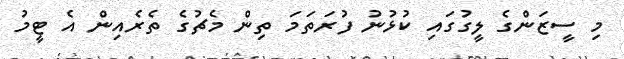
މި ސީޒަންގެ ލީގުގައި ކުޅުނު ފުރަތަމަ ތިން މެޗުގެ ތެރެއިން އެ ޓީމު